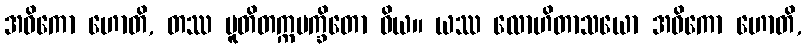
အဓိကော ဟောတိ, တဿ ပူတိတက္ကမက္ခိတော ဝိယ။ ယဿ လောဟိတာသယော အဓိကော ဟောတိ,